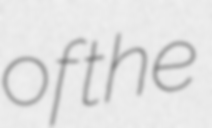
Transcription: of the